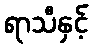
ရာသီနှင့်